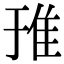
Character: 𨾌